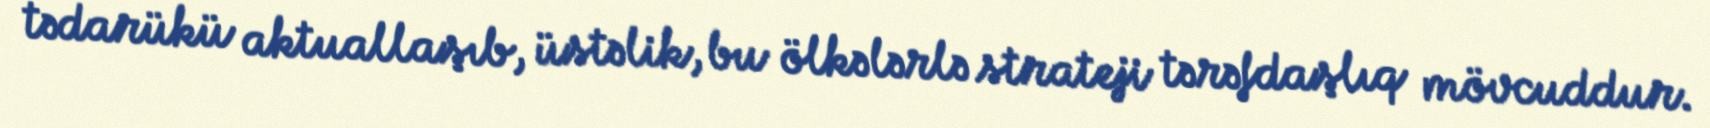
tədarükü aktuallaşıb, üstəlik, bu ölkələrlə strateji tərəfdaşlıq mövcuddur.